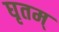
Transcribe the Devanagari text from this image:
घृतम्